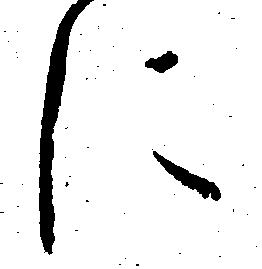
に